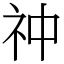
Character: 祌